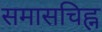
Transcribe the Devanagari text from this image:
समासचिह्न